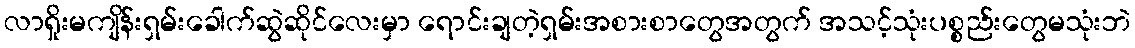
လာရှိုးမကျိန်းရှမ်းခေါက်ဆွဲဆိုင်လေးမှာ ရောင်းချတဲ့ရှမ်းအစားစာတွေအတွက် အသင့်သုံးပစ္စည်းတွေမသုံးဘဲ